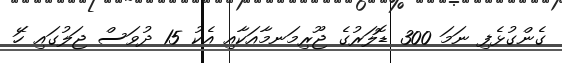
ގެންގުޅެފި ނަމަ 300 ޑޮލަރުގެ ޖޫރިމަނމާއަކާއި އެކު 15 ދުވަސް ޖަލުގައި ހޭަ